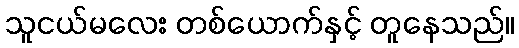
သူငယ်မလေး တစ်ယောက်နှင့် တူနေသည်။